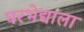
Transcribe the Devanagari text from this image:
घरभेद्याला